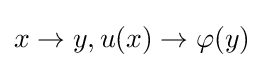
x\rightarrow y,u(x)\rightarrow \varphi (y)